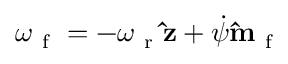
\boldsymbol { \omega } _ { \mathrm { ~ f ~ } } = - \omega _ { \mathrm { ~ r ~ } } \mathbf { \hat { z } } + \dot { \psi } \mathbf { \hat { m } } _ { \mathrm { ~ f ~ } }